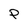
Character: P